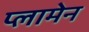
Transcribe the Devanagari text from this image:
प्लामेन